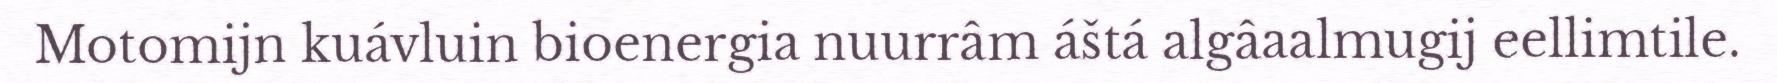
Motomijn kuávluin bioenergia nuurrâm áštá algâaalmugij eellimtile.